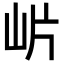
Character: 𭖎